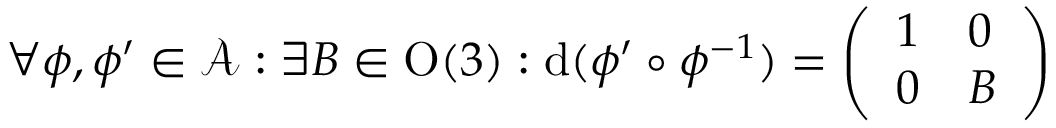
\forall \phi , \phi ^ { \prime } \in \mathcal { A } : \exists B \in \mathrm O ( 3 ) : \mathrm { d } ( \phi ^ { \prime } \circ \phi ^ { - 1 } ) = \left( \begin{array} { l l } { 1 } & { 0 } \\ { 0 } & { B } \end{array} \right)